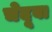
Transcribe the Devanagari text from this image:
चेदूबा